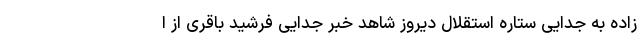
زاده به جدایی ستاره استقلال دیروز شاهد خبر جدایی فرشید باقری از ا